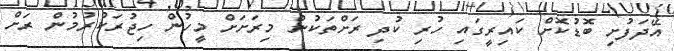
އޭދަފުށި ބޮޑުކޮށް ކައިރީގައި ހުރި ކުދި ރަށްތަކުން މިރަށަށް މީހުން ހިޖުރަކުރުމުން ރަށް